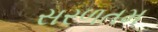
સરળતમ